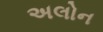
અલોન